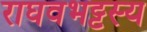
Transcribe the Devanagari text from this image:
राघवभट्टस्य